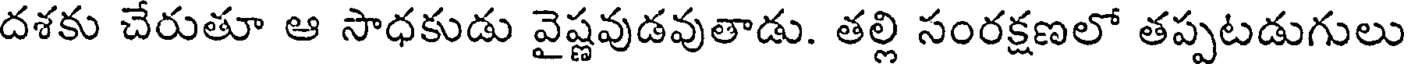
దశకు చేరుతూ ఆ సాధకుడు వైష్ణవుడవుతాడు. తల్లి సంరక్షణలో తప్పటడుగులు